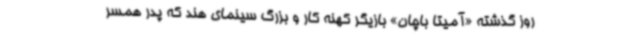
روز گذشته «آمیتا باچان» بازیگر کهنه کار و بزرگ سینمای هند که پدر همسر